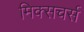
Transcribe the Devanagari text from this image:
मिक्सचर्स